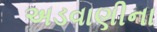
અડવાણીના